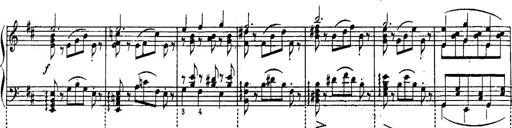
Title: Schubert's Impromptus [revised and edited by Franz Liszt]
Composer: Franz Liszt